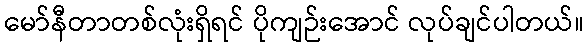
မော်နီတာတစ်လုံးရှိရင် ပိုကျဉ်းအောင် လုပ်ချင်ပါတယ်။